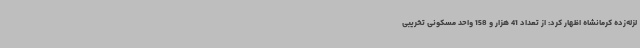
لزله‌زده کرمانشاه اظهار کرد: از تعداد 41 هزار و 158 واحد مسکونی تخریبی